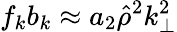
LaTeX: f_{k}b_{k}\approx a_{2}\hat{\rho}^{2}k_{\perp}^{2}